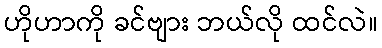
ဟိုဟာကို ခင်ဗျား ဘယ်လို ထင်လဲ။